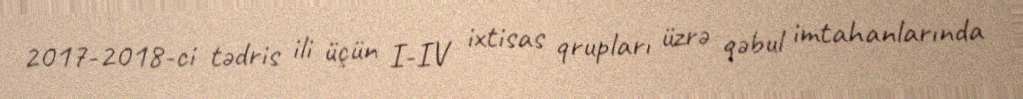
2017-2018-ci tədris ili üçün I-IV ixtisas qrupları üzrə qəbul imtahanlarında